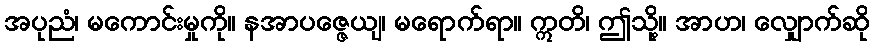
အပုညံ၊ မကောင်းမှုကို။ နအာပဇ္ဇေယျ၊ မရောက်ရာ။ ဣတိ၊ ဤသို့။ အာဟ၊ လျှောက်ဆို